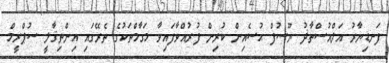
ފަނޑިޔާރު އަލްއުސްތާޛު ޔޫސުފް ޙުސެއިން ކުރިން ފުރުއްވާފައިވާ މަގާމްތަކުގެ ތެރޭގައި އިންތިޤާލީ ސުޕްރީމް